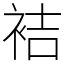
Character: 袺